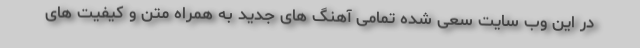
در این وب سایت سعی شده تمامی آهنگ های جدید به همراه متن و کیفیت های